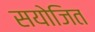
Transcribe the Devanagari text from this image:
सयोजित